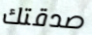
صدقتك